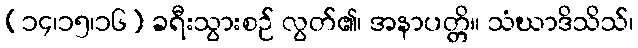
(၁၄၊၁၅၊၁၆) ခရီးသွားစဉ် လွတ်၏၊ အနာပတ္တိ။ သံဃာဒိသိသ်၊